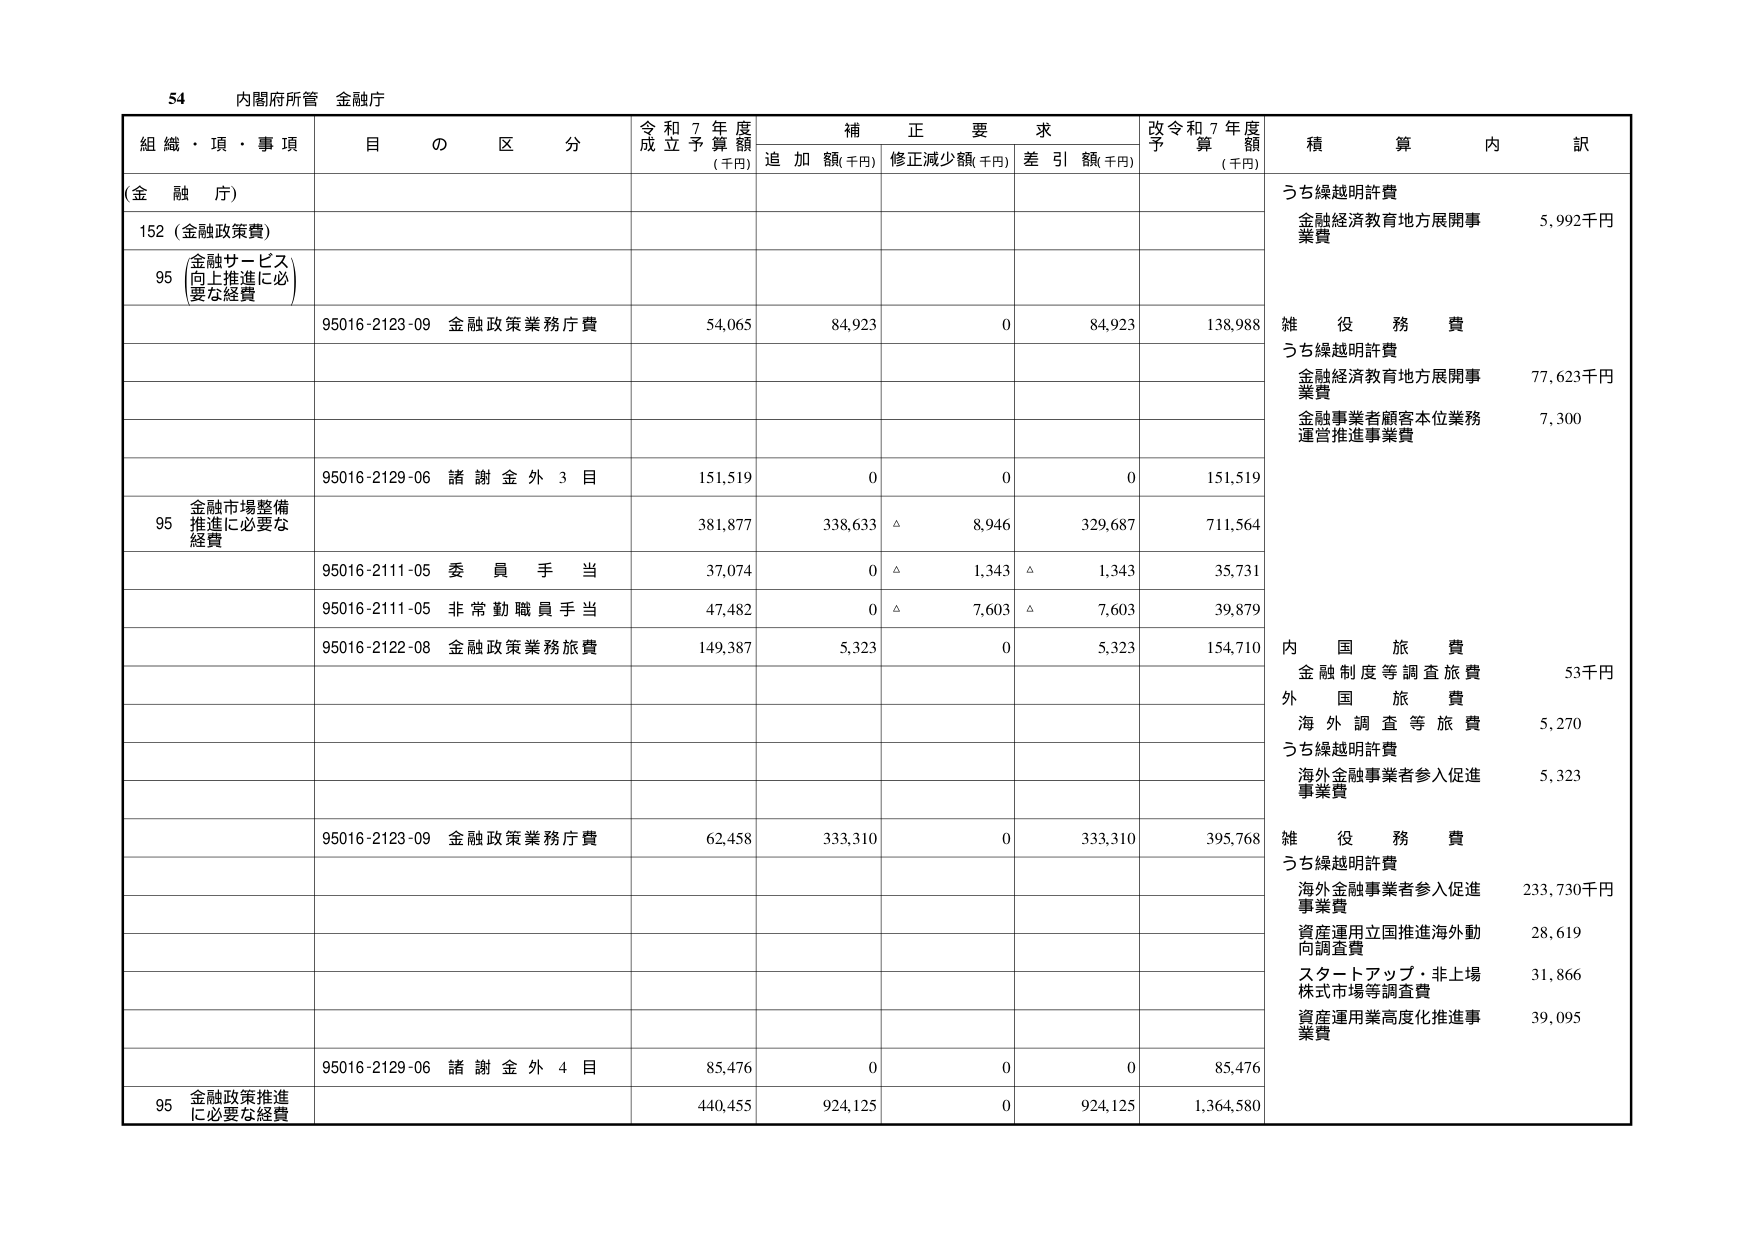
54 内閣府所管 金融庁

組織・頂・事項 目の区分 令和7年度成立予算額(千円) 補正要求 追加額(千円) 修正減少額(千円) 差引額(千円) 改令和7年度予算額(千円) 積算内訳

(金融庁)

152 (金融政策費)

95 (金融サービス向上推進に必要な経費)

95016-2123-09 金融政策業務庁費 54,065 84,923 0 84,923 138,988

うち繰越明許費 金融経済教育地方展開事業費 5,992千円

雑役務費 うち繰越明許費 金融経済教育地方展開事業費 77,623千円 金融事業者顧客本位業務運営推進事業費 7,300

95016-2129-06 諸謝金外3目 151,519 0 0 0 151,519

95 金融市場整備推進に必要な経費 381,877 338,633 △ 8,946 329,687 711,564

95016-2111-05 委員手当 37,074 0 △ 1,343 △ 1,343 35,731

95016-2111-05 非常勤職員手当 47,482 0 △ 7,603 △ 7,603 39,879

95016-2122-08 金融政策業務旅費 149,387 5,323 0 5,323 154,710

内国旅費 金融制度等調査旅費 53千円 外国旅費 海外調査等旅費 5,270 うち繰越明許費 海外金融事業者参入促進事業費 5,323

95016-2123-09 金融政策業務庁費 62,458 333,310 0 333,310 395,768

雑役務費 うち繰越明許費 海外金融事業者参入促進事業費 233,730千円 資産運用立国推進海外動向調査費 28,619 スタートアップ・非上場株式市場等調査費 31,866 資産運用業高度化推進事業費 39,095

95016-2129-06 諸謝金外4目 85,476 0 0 0 85,476

95 金融政策推進に必要な経費 440,455 924,125 0 924,125 1,364,580